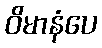
ဝိမာနံပေ